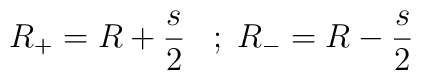
R_+ = R + \frac{s}{2} \;\;\; ; \; R_- = R - \frac{ s}{2}